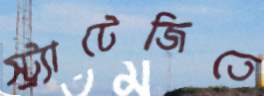
স্ট্র্যাটেজিতে